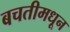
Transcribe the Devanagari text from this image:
बचतीमधून